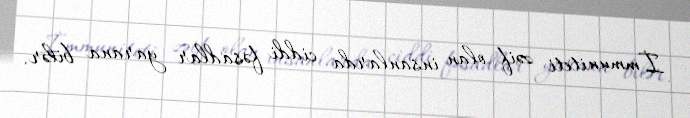
İmmuniteti zəif olan insanlarda ciddi fəsadlar yarana bilər.